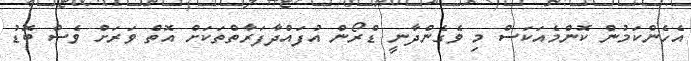
އެހެންކަމުން ކޮންމެއަކަސް މި ވެގެންދާނީ ޑްރޯން އުފައްދާފަރާތްތަކަށް އޮތް ވަރަށް ވެސް ބޮޑު